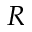
R